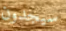
سيجدون